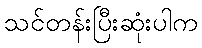
သင်တန်းပြီးဆုံးပါက